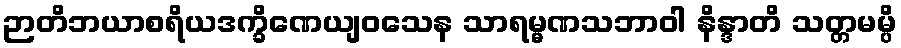
ဉာတိဘယာစရိယဒက္ခိဏေယျဝသေန သာရမ္မဏသဘာဝါ နိန္ဒာတိ သတ္တမမ္ပိ